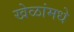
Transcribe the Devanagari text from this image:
खेळांमधे